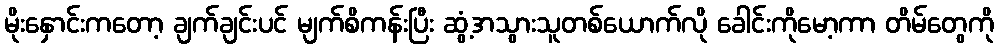
မိုးနှောင်းကတော့ ချက်ချင်းပင် မျက်စိကန်းပြီး ဆွံ့အသွားသူတစ်ယောက်လို ခေါင်းကိုမော့ကာ တိမ်တွေကို